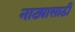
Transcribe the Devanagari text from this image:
नाट्यासाठी